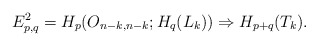
\begin{align*}E^{2}_{p,q} = H_{p}(O_{n-k, n-k}; H_{q}(L_{k})) \Rightarrow H_{p+q}(T_{k}). \end{align*}